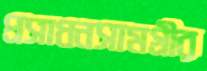
প্রসাধনসামগ্রীর